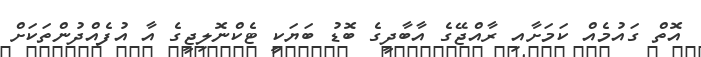
އޮތް ގައުމެއް ކަމަށާއި ރާއްޖޭގެ އާބާދީގެ ބޮޑު ބަޔަކީ ޓެކްނޮލިޖީގެ އާ އުފެއްދުންތަކަށް